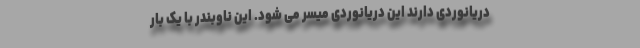
دریانوردی دارند این دریانوردی میسر می شود. این ناوبندر با یک بار